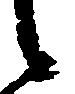
候